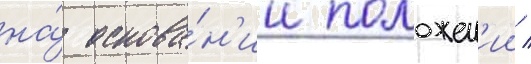
на́ основа́н'ии положен'ии /